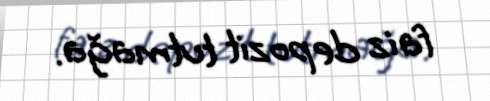
faiz depozit tutmağa.